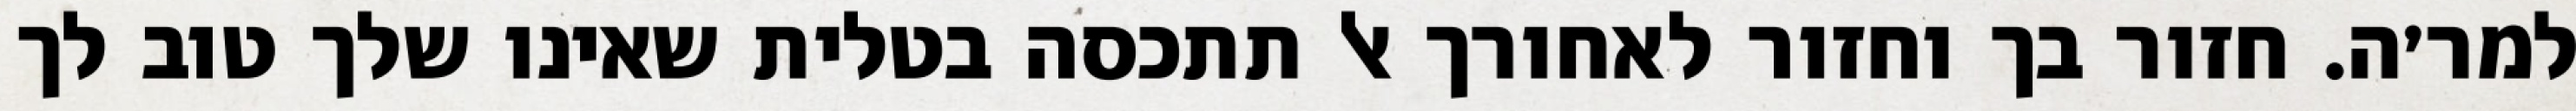
למר׳ה. חזור בך וחזור לאחורך אל תתכסה בטלית שאינו שלך טוב לך